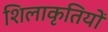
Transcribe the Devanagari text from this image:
शिलाकृतियों